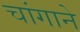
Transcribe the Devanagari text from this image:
चांगाने